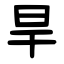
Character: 旱